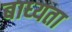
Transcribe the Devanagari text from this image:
बाध्‍यता